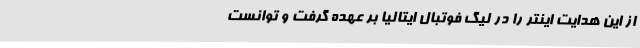
از این هدایت اینتر را در لیگ فوتبال ایتالیا بر عهده گرفت و توانست